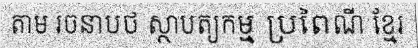
តាម រចនាបថ ស្ថាបត្យកម្ម ប្រពៃណី ខ្មែរ